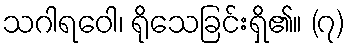
သဂါရဝေါ၊ ရိုသေခြင်းရှိ၏။ (၇)